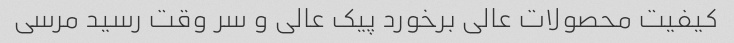
کیفیت محصولات عالی برخورد پیک عالی و سر وقت رسید مرسی